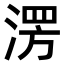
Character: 𣸤